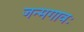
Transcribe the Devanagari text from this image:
जन्मगावः